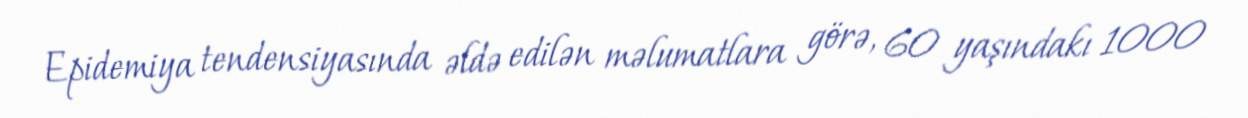
Epidemiya tendensiyasında əldə edilən məlumatlara görə, 60 yaşındakı 1000